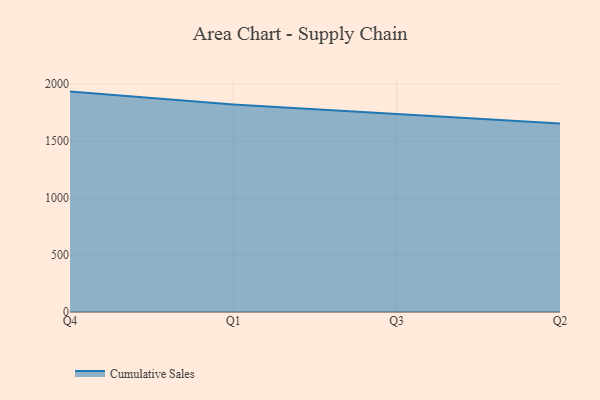
{"axis": {"x": "Quarter", "y": "Energy Usage (MWh)"}, "legend": ["Cumulative Sales"], "data": [{"x": "Q4", "y": 1933.9, "type": "Cumulative Sales"}, {"x": "Q1", "y": 1820.9, "type": "Cumulative Sales"}, {"x": "Q3", "y": 1736.3, "type": "Cumulative Sales"}, {"x": "Q2", "y": 1654.1, "type": "Cumulative Sales"}]}